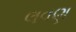
લવણ